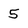
Character: 5